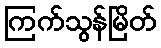
ကြက်သွန်မြိတ်